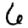
Digit: 6